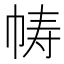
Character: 帱